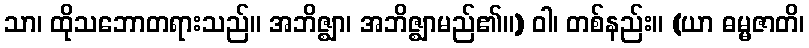
သာ၊ ထိုသဘောတရားသည်။ အဘိဇ္ဈာ၊ အဘိဇ္ဈာမည်၏။) ဝါ၊ တစ်နည်း။ (ယာ ဓမ္မဇာတိ၊